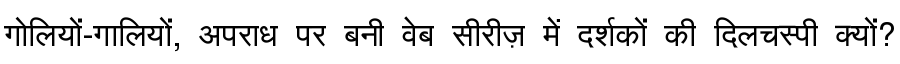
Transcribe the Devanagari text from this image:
गोलियों-गालियों, अपराध पर बनी वेब सीरीज़ में दर्शकों की दिलचस्पी क्यों?